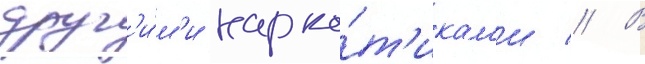
друг'и́м'и нарко́т'икам'и // В